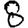
Digit: 8